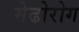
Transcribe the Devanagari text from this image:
मेढोरोग